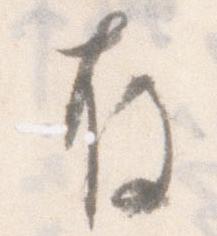
存